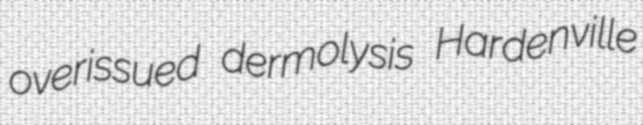
overissued dermolysis Hardenville